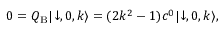
0 = Q _ { \mathrm { B } } | \! \downarrow , 0 , k \rangle = ( 2 k ^ { 2 } - 1 ) c ^ { 0 } | \! \downarrow , 0 , k \rangle ,